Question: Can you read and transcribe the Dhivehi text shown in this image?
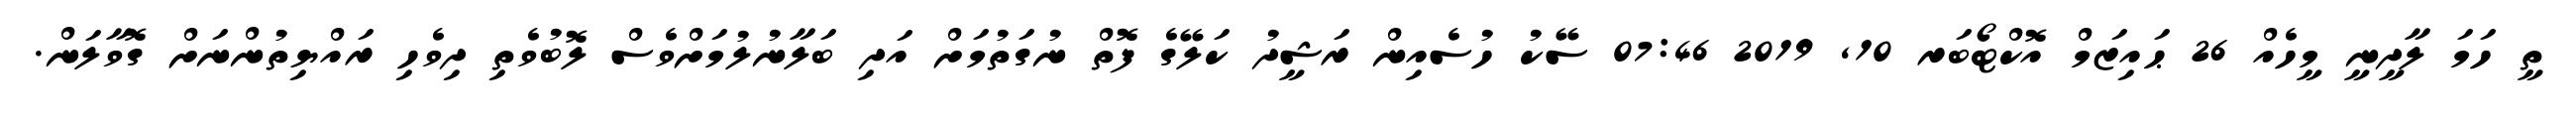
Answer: ތީ ހަމަ ލާދީނީ މީހެއް 26 ޙައިޒަމް އޮކްޓޯބަރ 10, 2019 07:46 ސޭކު ހުސެއިން ރަޝީދު ކަލޭގެ ފޮތް ނުގަތުމަށް އަދި ބަލާނުލުމަށްވެސް ލޮބުވެތި ދިވެހި ރައްޔިތުންނަށް ގޮވާލަން.